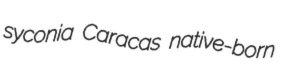
syconia Caracas native-born